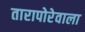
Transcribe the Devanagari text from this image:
तारापोरेवाला